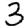
Digit: 3